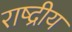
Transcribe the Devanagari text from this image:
राष्द्रीय